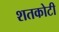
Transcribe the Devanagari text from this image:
शतकोटी